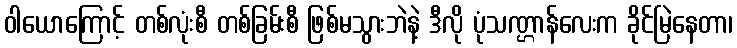
ဝါယောကြောင့် တစ်လုံးစီ တစ်ခြမ်းစီ ဖြစ်မသွားဘဲနဲ့ ဒီလို ပုံသဏ္ဌာန်လေးက ခိုင်မြဲနေတာ၊